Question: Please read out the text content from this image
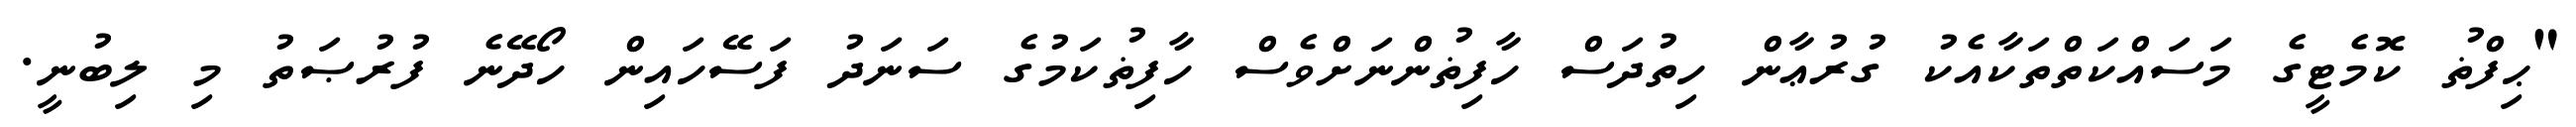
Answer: "ޙިފްޡު ކޮމެޓީގެ މަސައްކަތްތަކާއެކު ގުރުޢާން ހިތުދަސް ހާފިޡުންނަށްވެސް ހާފިޡުކަމުގެ ސަނަދު ފަސޭހައިން ހޯދޭނެ ފުރުޞަތު މި ލިބުނީ.